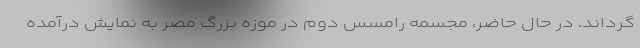
گرداند. در حال حاضر، مجسمه رامسس دوم در موزه بزرگ مصر به نمایش درآمده